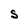
Character: S